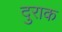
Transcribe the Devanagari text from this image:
दुराक